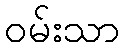
ဝမ်းသာ